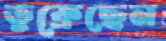
ডুক্‌রেছেন